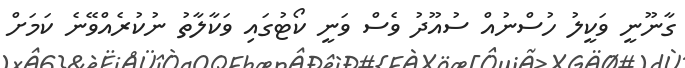
ގާނޫނީ ވަކީލު ހުސްނުއް ސުއޫދު ވެސް ވަނީ ކޯޓުގައި ވަކާލާތު ނުކުރެއްވޭނެ ކަމަށް